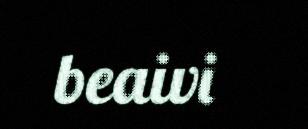
beaivi